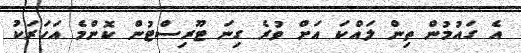
އެ ގައުމުން ތިން ލައްކަ އަށް ވުރެ ގިނަ ޓޫރިސްޓުން ކޮންމެ އަހަރަކު